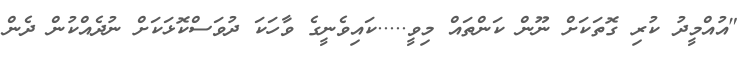
"އުއްމީދު ކުރި ގޮތަކަށް ނޫން ކަންތައް މިވީ.....ކައިވެނީގެ ވާހަކަ ދުވަސްކޮޅަކަށް ނުދެއްކުން ދެން